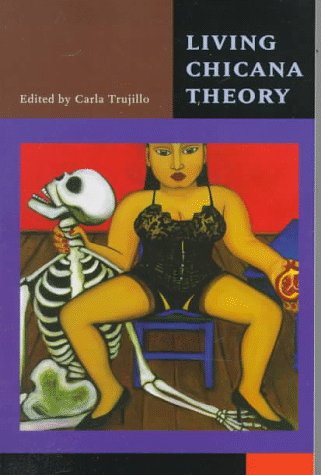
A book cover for Living Chicana Theory (Series in Chicana/Latina Studies); Carla Trujillo; Politics & Social Sciences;